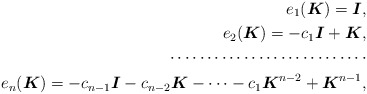
\begin{align*}e_1(\boldsymbol{K}) = \boldsymbol{I}, \\e_2(\boldsymbol{K}) = - c_{1}\boldsymbol{I}+\boldsymbol{K}, \\ \cdots \cdots\cdots\cdots\cdots\cdots\cdots\cdots\cdots \\ e_n(\boldsymbol{K}) = - c_{n-1}\boldsymbol{I}-c_{n-2}\boldsymbol{K}-\cdots-c_1\boldsymbol{K}^{n-2}+\boldsymbol{K}^{n-1},\end{align*}